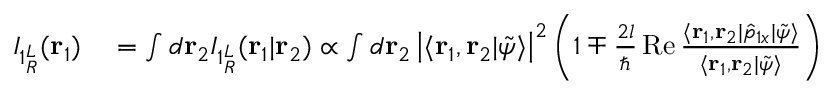
\begin{array} { r l } { I _ { 1 { ^ L _ { R } } } ( \mathbf { r } _ { 1 } ) } & { { } = \int d \mathbf { r } _ { 2 } I _ { 1 { ^ L _ { R } } } ( \mathbf { r } _ { 1 } | \mathbf { r } _ { 2 } ) \propto \int d \mathbf { r } _ { 2 } \left| \langle \mathbf { r } _ { 1 } , \mathbf { r } _ { 2 } | \tilde { \psi } \rangle \right| ^ { 2 } \left( 1 \mp \frac { 2 l } { \hbar } \operatorname { R e } \frac { \langle \mathbf { r } _ { 1 } , \mathbf { r } _ { 2 } | \hat { p } _ { 1 x } | \tilde { \psi } \rangle } { \langle \mathbf { r } _ { 1 } , \mathbf { r } _ { 2 } | \tilde { \psi } \rangle } \right) } \end{array}